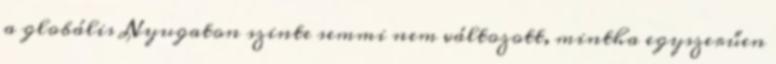
a globális Nyugaton szinte semmi nem változott, mintha egyszerűen